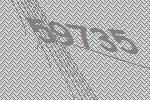
59735